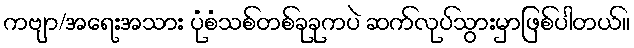
ကဗျာ/အရေးအသား ပုံစံသစ်တစ်ခုခုကပဲ ဆက်လုပ်သွားမှာဖြစ်ပါတယ်။